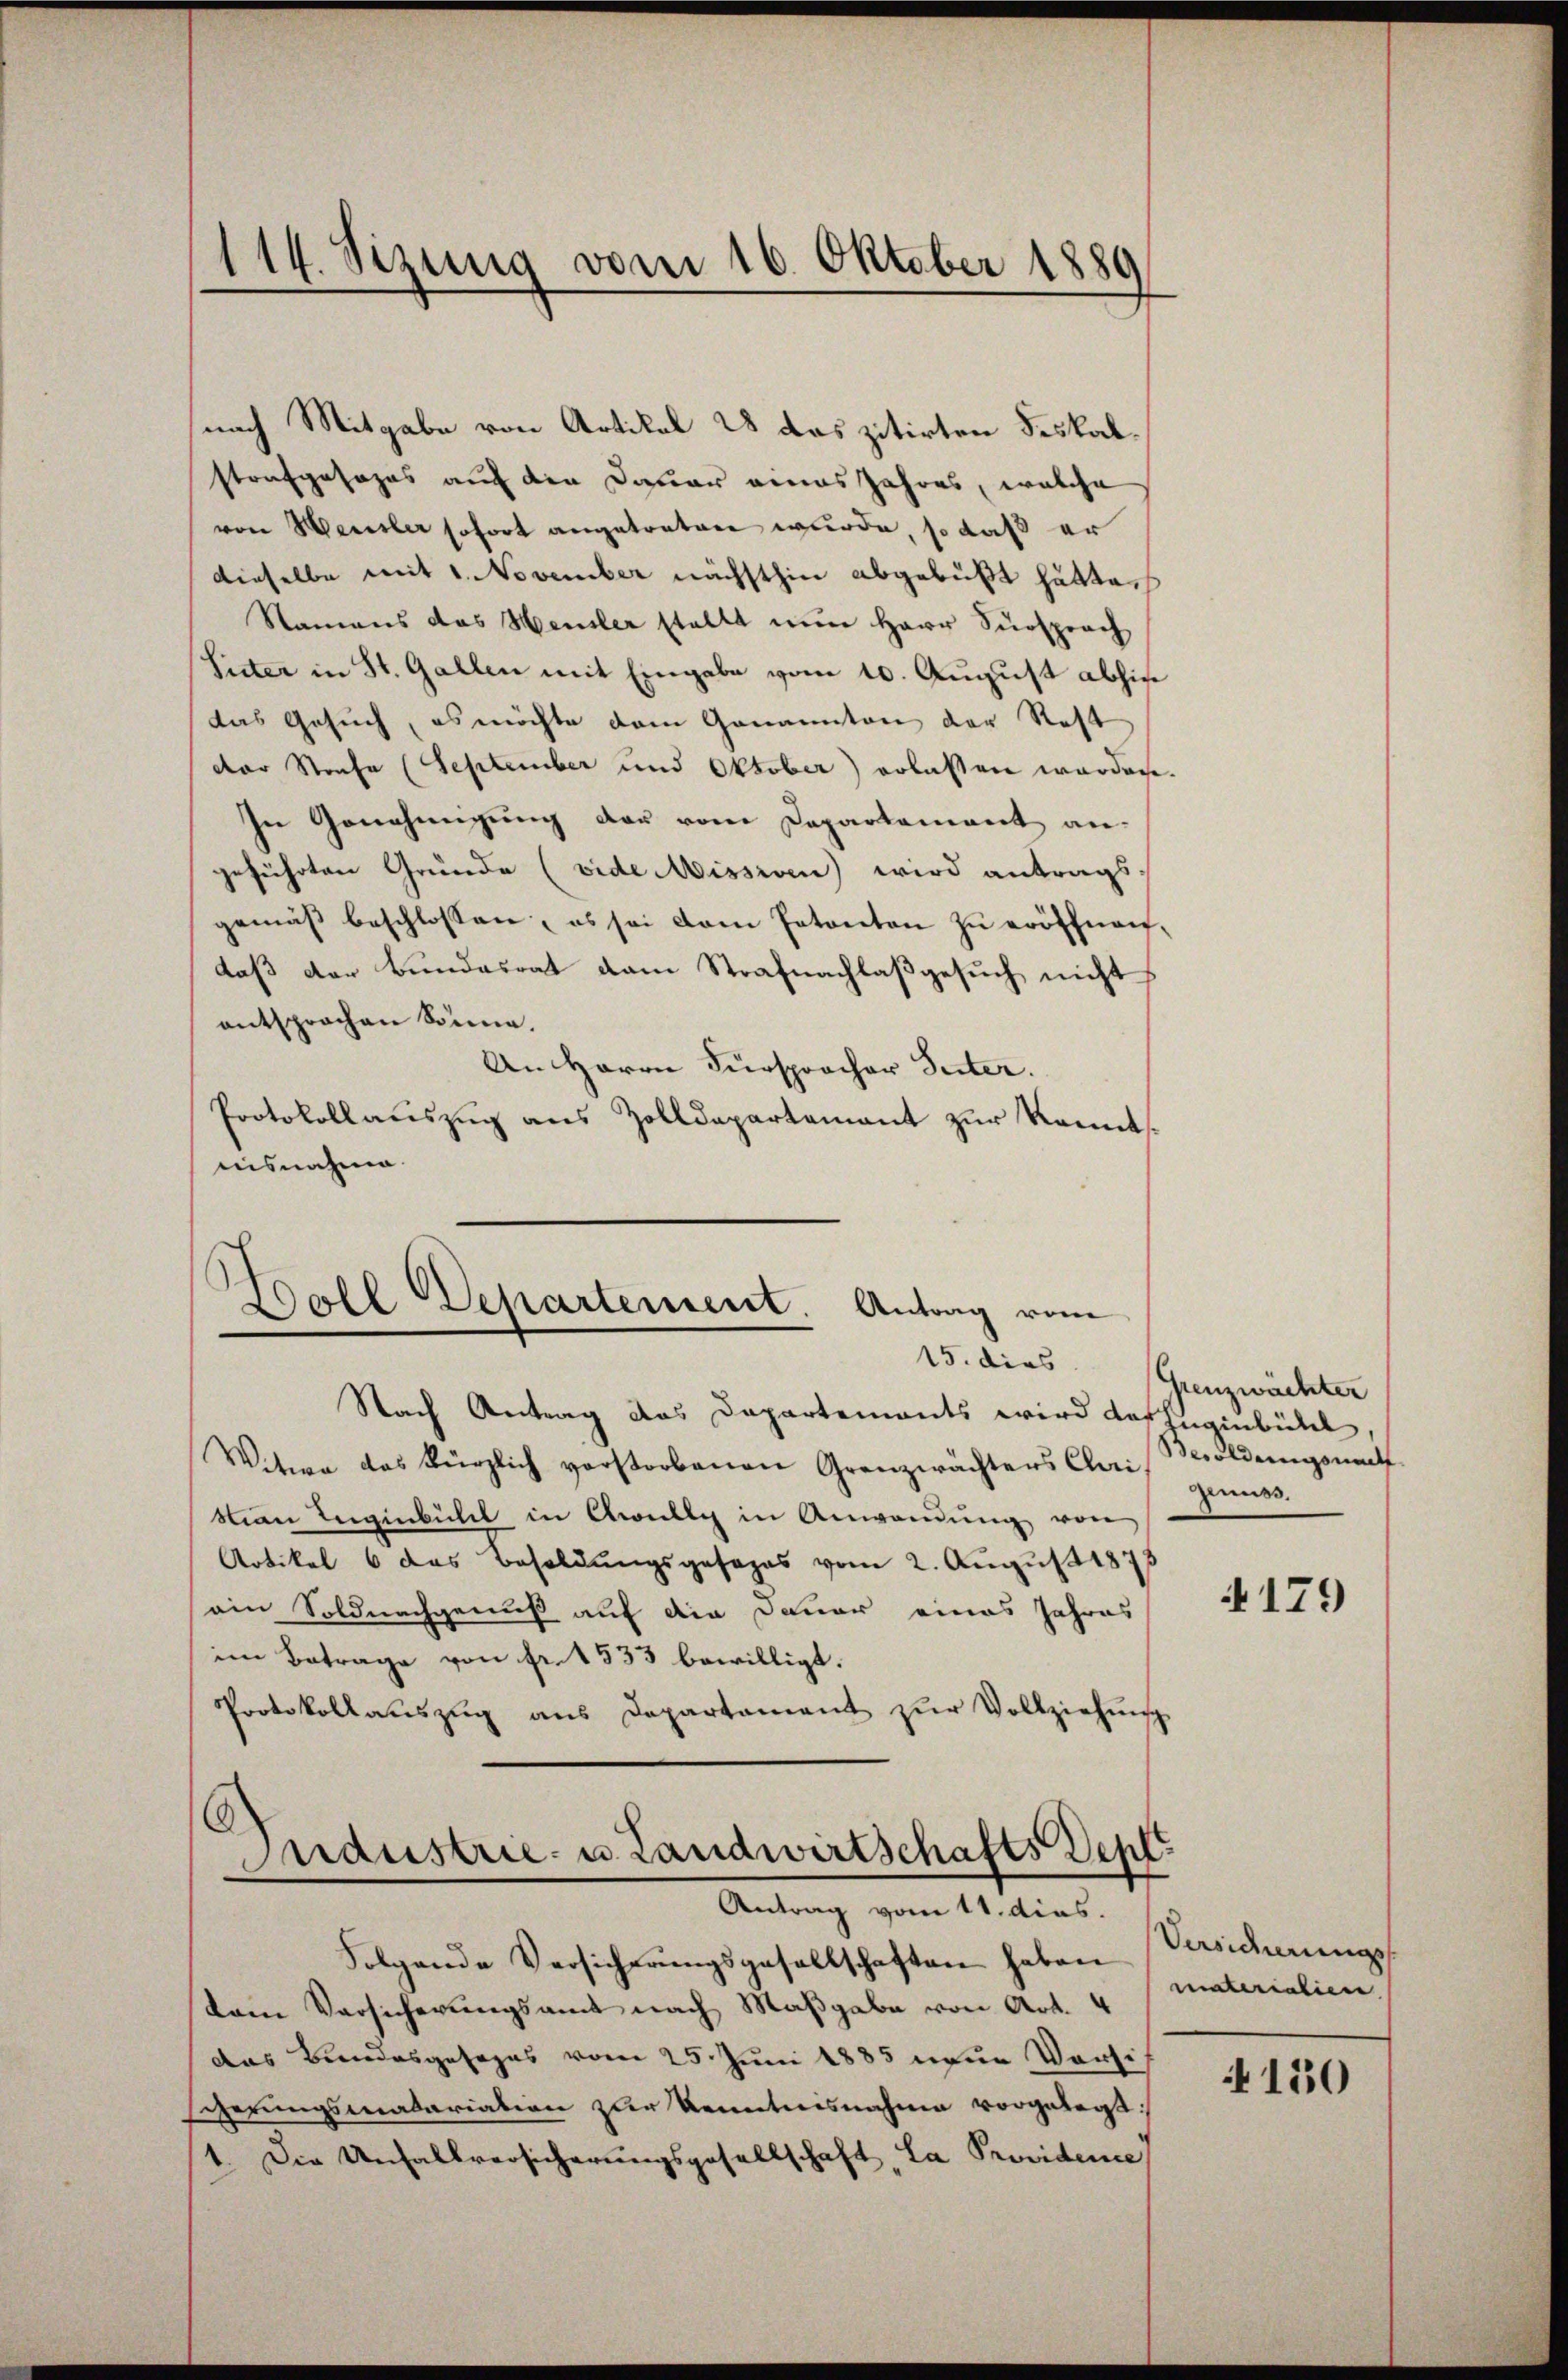
114. Sizung vom 16. Oktober 1889

nach Mitgabe von Artikel 28 das zitirten Fiskalstrafgesages auf den Dauer eines Jahres, welche
von Heusler sofort angetreten wurde, so daß er
dieselbe mit 1. November nächsthin abgebüßt hätte.
Namens das Heusler stellt nun Herr Fürsprach
Sitter in St. Gallen mit Eingabe vom 10. August abhin
das Gesuch, es möchte dem Genannten der Rest
der Strafe (September und Oktober) erlaßen werden.
In Genehmigung der vom Departement an-
geführten Gründe (vide Missiven) wird antrags.
gemäβ beschlossen, es sei dem Patenten zu eröffnen,
daß der Bundesrat vom Strafnachlaßgesuch nicht
entsprochen könne.
An Herrn Fürsprocher Seiter.
Protokollauszug aus Zolldepartement zur Kennt
aisnahme.

Boll Departement. Antrag vom
Nach Antrag das Departemonts wird der Jugenbühl

Witwe des kürzlich verstorbenen Grenzwächters Clai
ian Leigenbühl in Awully in Anwendung von
Artikel 6 das Besoldungsgesages vom 2. August 1873
ain Soldnachgenuß auf die Dauer eines Jahres
im Betrage von fr. 1533 bewilligt.
Protokollaŭszŭg ans Departament zŭr Vollziehŭng

Folgende Versicherungsgesellschaften haben
dam Vorsicherungsamt nach Maßgabe von Art. 4
das Bundesgesages vom 25. Juni 1885 neue Vorsi
scherungsmatariation zur Kenntnisnahme vorgelegt:
1. Die Unfallversicherungsgesellschaft, La Providene

.
Maustrie- u. Landwirtschafts Depl¬
Antrag vom 11. dies.

15. dies Grenzwächter
Bwoldungsmutt
zenuss.

4179

Versicherungs
materialien

150